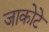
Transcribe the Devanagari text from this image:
जाकोटे